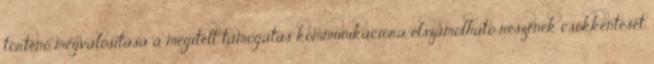
történő megvalósítása a megítélt támogatás kommunikációra elszámolható részének csökkentését